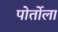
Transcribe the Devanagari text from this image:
पोर्तोला